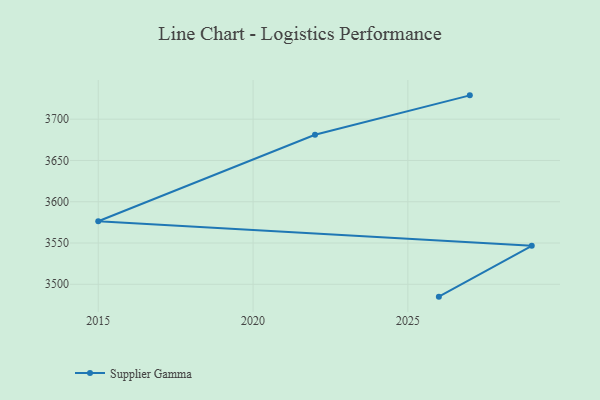
{"axis": {"x": "Year", "y": "Latency (ms)"}, "legend": ["Supplier Gamma"], "data": [{"x": "2027", "y": 3728.9, "type": "Supplier Gamma"}, {"x": "2022", "y": 3681.2, "type": "Supplier Gamma"}, {"x": "2015", "y": 3576.4, "type": "Supplier Gamma"}, {"x": "2029", "y": 3546.6, "type": "Supplier Gamma"}, {"x": "2026", "y": 3485.0, "type": "Supplier Gamma"}]}